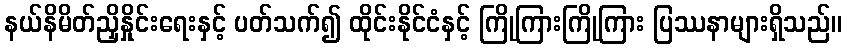
နယ်နိမိတ်ညှိနှိုင်းရေးနှင့် ပတ်သက်၍ ထိုင်းနိုင်ငံနှင့် ကြိုကြားကြိုကြား ပြဿနာများရှိသည်။